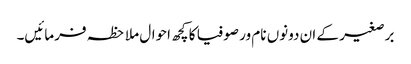
برصغیر کے ان دونوں نام ور صوفیا کا کچھ احوال ملاحظہ فرمائیں۔